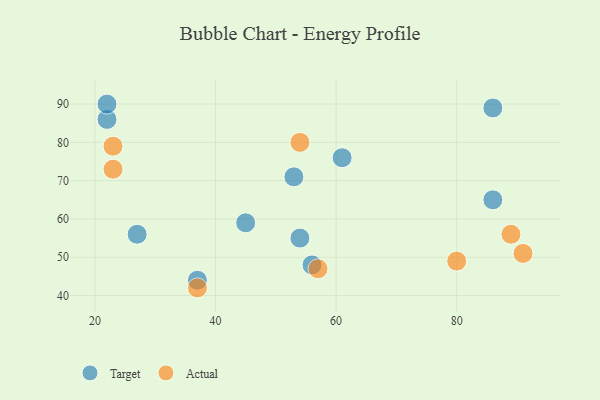
{"axis": {"x": "GDP", "y": "Life Expectancy"}, "legend": ["Actual", "Target"], "data": [{"x": "86", "y": 65, "type": "Target"}, {"x": "45", "y": 59, "type": "Target"}, {"x": "22", "y": 86, "type": "Target"}, {"x": "54", "y": 55, "type": "Target"}, {"x": "37", "y": 44, "type": "Target"}, {"x": "61", "y": 76, "type": "Target"}, {"x": "53", "y": 71, "type": "Target"}, {"x": "27", "y": 56, "type": "Target"}, {"x": "56", "y": 48, "type": "Target"}, {"x": "86", "y": 89, "type": "Target"}, {"x": "22", "y": 90, "type": "Target"}, {"x": "23", "y": 73, "type": "Actual"}, {"x": "57", "y": 47, "type": "Actual"}, {"x": "23", "y": 79, "type": "Actual"}, {"x": "91", "y": 51, "type": "Actual"}, {"x": "54", "y": 80, "type": "Actual"}, {"x": "80", "y": 49, "type": "Actual"}, {"x": "37", "y": 42, "type": "Actual"}, {"x": "89", "y": 56, "type": "Actual"}]}